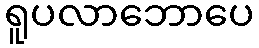
ရူပလာဘောပေ